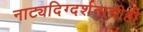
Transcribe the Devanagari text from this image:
नाट्यदिग्दर्शनाचीही